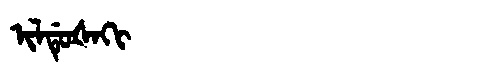
Manchu: ᡳᠯᡩᡠᡧᠠᡴᡳ
Romanization: ILDUŠAKI